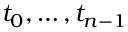
t _ { 0 } , \ldots , t _ { n - 1 }